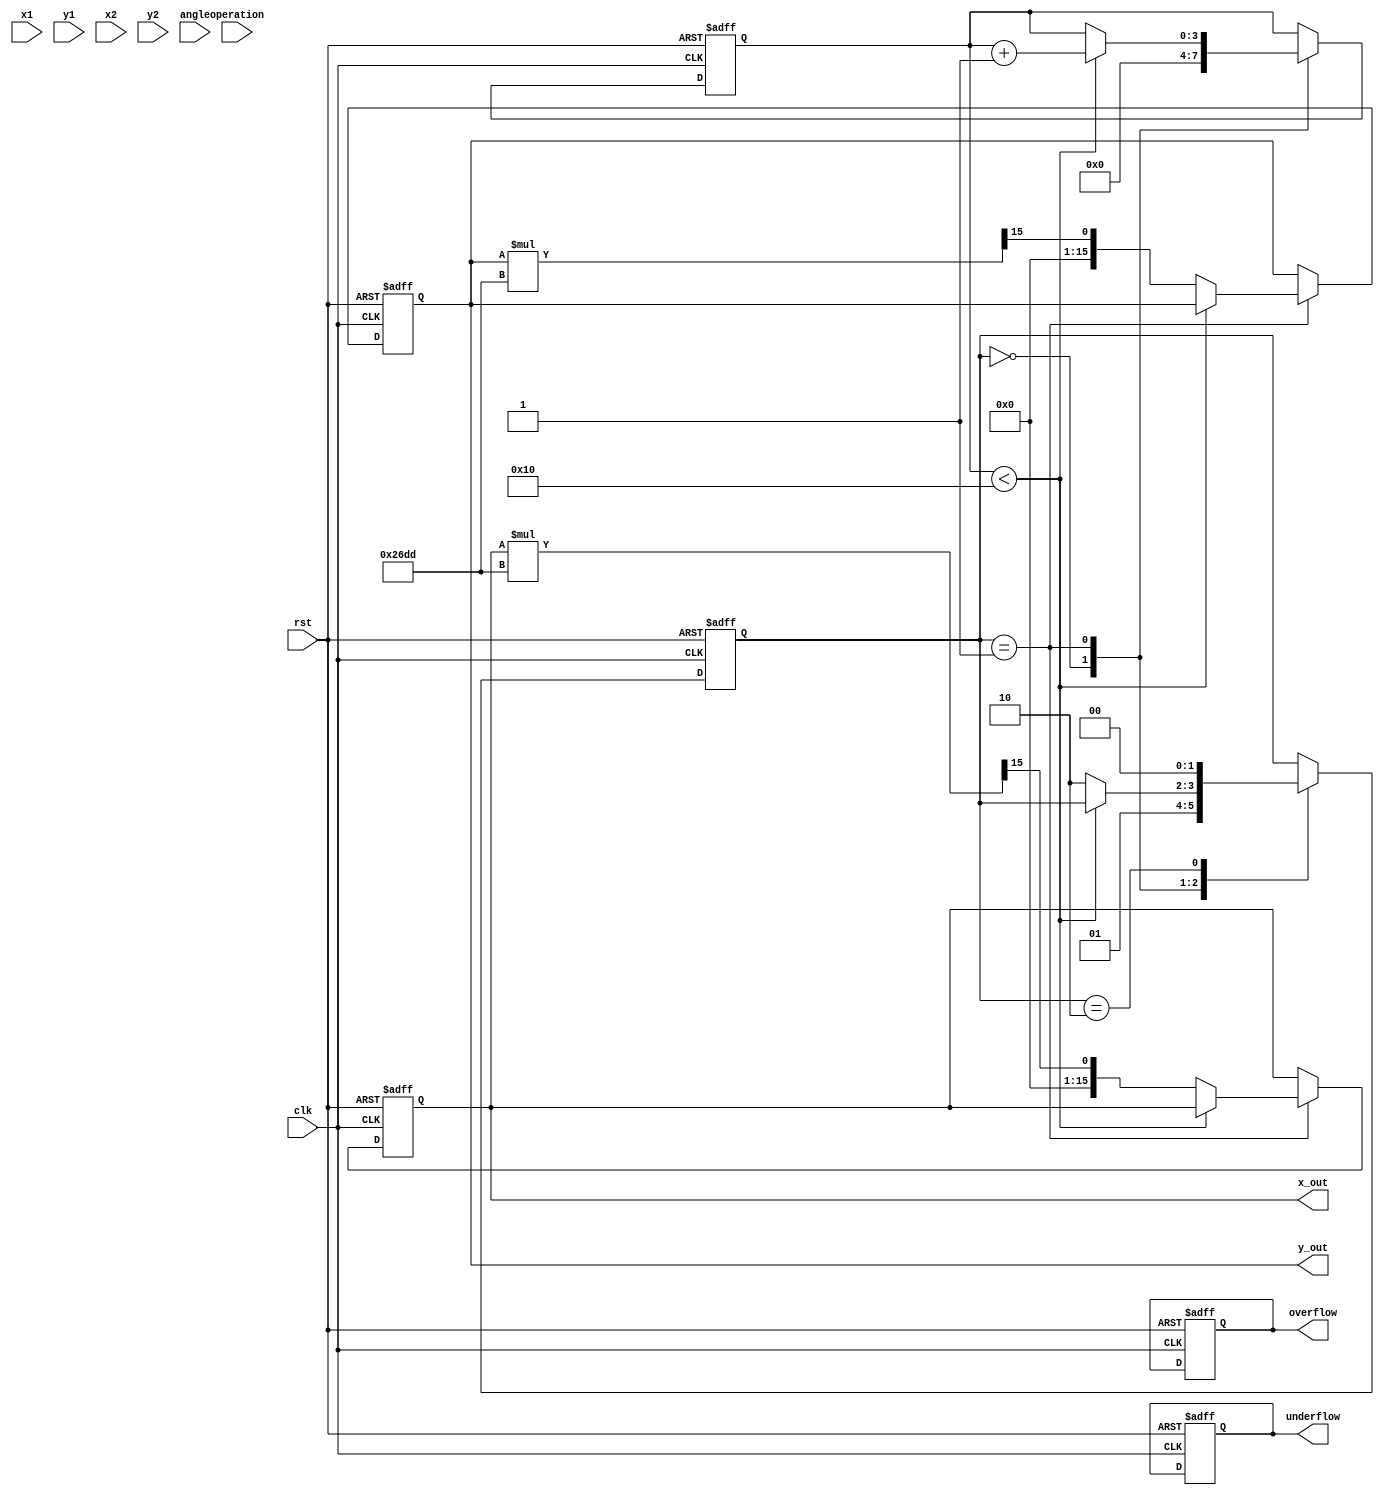
module complex_cordic (
    input clk,
    input rst,
    input [15:0] x1, // Real part of first complex number
    input [15:0] y1, // Imaginary part of first complex number
    input [15:0] x2, // Real part of second complex number
    input [15:0] y2, // Imaginary part of second complex number
    input [1:0] operation, // 00: multiply, 01: divide, 10: sqrt
    input [15:0] angle, // Angle for rotation
    output reg [15:0] x_out, // Real part of output
    output reg [15:0] y_out, // Imaginary part of output
    output reg overflow,
    output reg underflow
);

    // Parameters
    parameter NUM_ITERATIONS = 16;
    parameter CORDIC_GAIN = 16'h26DD; // Scaling factor for CORDIC

    // Internal signals
    reg [15:0] x[0:NUM_ITERATIONS-1];
    reg [15:0] y[0:NUM_ITERATIONS-1];
    reg [15:0] z[0:NUM_ITERATIONS-1];
    reg [15:0] atan_table[0:NUM_ITERATIONS-1]; // Lookup table for arctangent values
    reg [3:0] iteration;
    reg [1:0] state;

    // Initialize arctangent values (in fixed-point format)
    initial begin
        atan_table[0] = 16'h2000; // atan(2^-0)
        atan_table[1] = 16'h1000; // atan(2^-1)
        atan_table[2] = 16'h0800; // atan(2^-2)
        atan_table[3] = 16'h0400; // atan(2^-3)
        atan_table[4] = 16'h0200; // atan(2^-4)
        atan_table[5] = 16'h0100; // atan(2^-5)
        atan_table[6] = 16'h0080; // atan(2^-6)
        atan_table[7] = 16'h0040; // atan(2^-7)
        atan_table[8] = 16'h0020; // atan(2^-8)
        atan_table[9] = 16'h0010; // atan(2^-9)
        atan_table[10] = 16'h0008; // atan(2^-10)
        atan_table[11] = 16'h0004; // atan(2^-11)
        atan_table[12] = 16'h0002; // atan(2^-12)
        atan_table[13] = 16'h0001; // atan(2^-13)
        atan_table[14] = 16'h0000; // atan(2^-14)
        atan_table[15] = 16'h0000; // atan(2^-15)
    end

    // State machine for operation control
    always @(posedge clk or posedge rst) begin
        if (rst) begin
            iteration <= 0;
            state <= 0;
            x_out <= 0;
            y_out <= 0;
            overflow <= 0;
            underflow <= 0;
        end else begin
            case (state)
                0: begin // Initialization
                    x[0] <= x1;
                    y[0] <= y1;
                    z[0] <= angle;
                    iteration <= 0;
                    state <= 1;
                end
                1: begin // Iteration
                    if (iteration < NUM_ITERATIONS) begin
                        // CORDIC rotation logic
                        if (z[iteration] < 0) begin
                            x[iteration + 1] <= x[iteration] + (y[iteration] >> iteration);
                            y[iteration + 1] <= y[iteration] - (x[iteration] >> iteration);
                            z[iteration + 1] <= z[iteration] + atan_table[iteration];
                        end else begin
                            x[iteration + 1] <= x[iteration] - (y[iteration] >> iteration);
                            y[iteration + 1] <= y[iteration] + (x[iteration] >> iteration);
                            z[iteration + 1] <= z[iteration] - atan_table[iteration];
                        end
                        iteration <= iteration + 1;
                    end else begin
                        // Final output calculation
                        x_out <= x[NUM_ITERATIONS];
                        y_out <= y[NUM_ITERATIONS];
                        // Apply scaling factor
                        x_out <= (x_out * CORDIC_GAIN) >> 15;
                        y_out <= (y_out * CORDIC_GAIN) >> 15;
                        state <= 2; // Move to output state
                    end
                end
                2: begin // Output state
                    // Handle overflow/underflow if necessary
                    // Reset for next operation
                    state <= 0;
                end
            endcase
        end
    end

endmodule